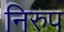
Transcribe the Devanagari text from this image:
निरुप